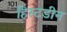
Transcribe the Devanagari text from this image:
हिस्टडीन